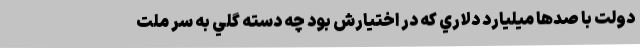
دولت با صدها ميليارد دلاري كه در اختيارش بود چه دسته گلي به سر ملت